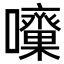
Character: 𡅓